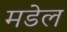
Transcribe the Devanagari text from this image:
मडेल